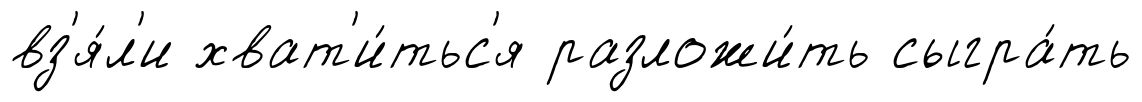
вз'я́л'и хват'и́тьс'я разложи́ть сыгра́ть